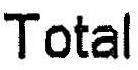
TOTAL